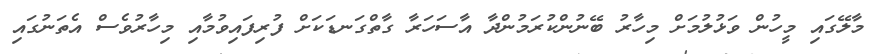
މާލޭގައި މީހުން ވަޅުލުމަށް މިހާރު ބޭނުންކުރަމުންދާ އާސަހަރާ ގާތްގަނޑަކަށް ފުރިފައިވުމާއި މިހާރުވެސް އެތަނުގައި